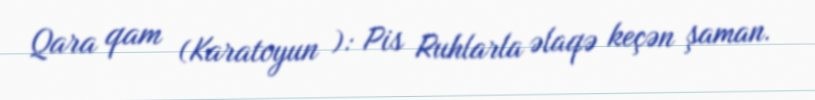
Qara qam (Karatoyun ): Pis Ruhlarla əlaqə keçən şaman.